Civil Veterinary Dept. Bombay admin report 1932-41 - 1932-1941
Year: 1932
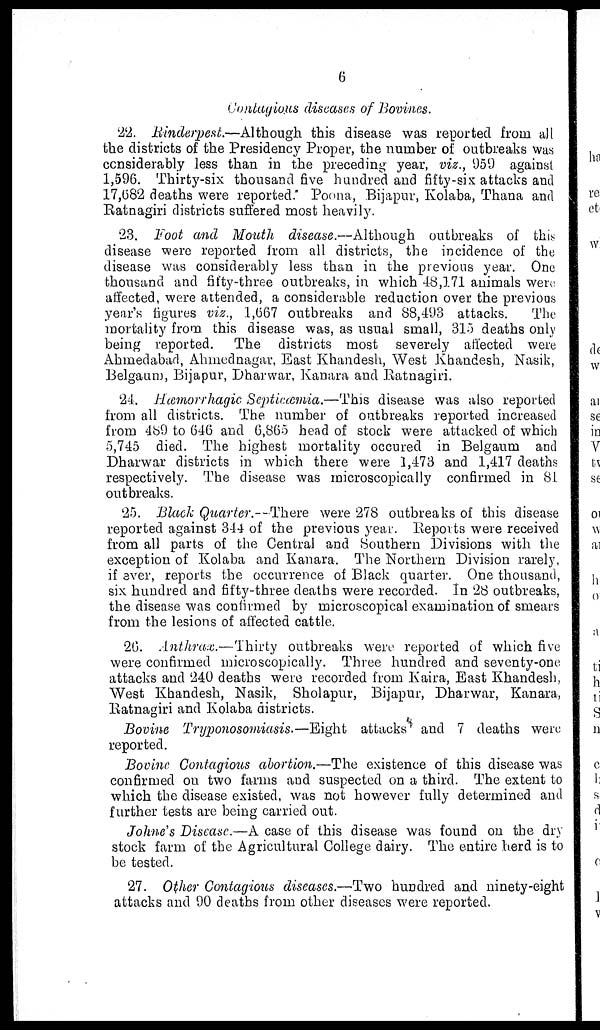
6
Contagious diseases of Bovines.
22. Rinderpest.—Although this disease was reported from all
the districts of the Presidency Proper, the number of outbreaks was
considerably less than in the preceding year, viz., 959 against
1,596. Thirty-six thousand five hundred and fifty-six attacks and
17,682 deaths were reported. Poona, Bijapur, Kolaba, Thana and
Ratnagiri districts suffered most heavily.
23. Foot and Mouth disease.—Although outbreaks of this
disease were reported from all districts, the incidence of the
disease was considerably less than in the previous year. One
thousand and fifty-three outbreaks, in which 48,171 animals were
affected, were attended, a considerable reduction over the previous
year's figures viz., 1,667 outbreaks and 88,493 attacks.
The
mortality from this disease was, as usual small, 315 deaths only
being reported. The districts most severely affected were
Ahmedabad, Ahmednagar, East Khandesh, West Khandesh, Nasik,
Belgaum, Bijapur, Dharwar, Kanara and Ratnagiri.
24. Hæmorrhagic Septicæmia.—This disease was also reported
from all districts. The number of outbreaks reported increased
from 489 to 646 and 6,865 head of stock were attacked of which
5,745 died. The highest mortality occured in Belgaum and
Dharwar districts in which there were 1,473 and 1,417 deaths
respectively. The disease was microscopically confirmed in 81
outbreaks.
25. Black Quarter.—There were 278 outbreaks of this disease
reported against 344 of the previous year. Reports were received
from all parts of the Central and Southern Divisions with the
exception of Kolaba and Kanara. The Northern Division rarely,
if ever, reports the occurrence of Black quarter. One thousand,
six hundred and fifty-three deaths were recorded. In 28 outbreaks,
the disease was confirmed by microscopical examination of smears
from the lesions of affected cattle.
26. Anthrax.—Thirty
outbreaks were reported of which five
were confirmed microscopically. Three hundred and seventy-one
attacks and 240 deaths were recorded from Kaira, East Khandesh,
West Khandesh, Nasik, Sholapur, Bijapur, Dharwar, Kanara,
Ratnagiri and Kolaba districts.
Bovine Trypanosomiasis.—Eight attacks and 7 deaths were
reported.
Bovine Contagious abortion.—The existence of this disease was
confirmed on two farms and suspected on a third. The extent to
which the disease existed, was not however fully determined and
further tests are being carried out.
Johne's Disease.—A case of this disease was found on the dry
stock farm of the Agricultural College dairy. The entire herd is to
be tested.
27. Other Contagious diseases.—Two hundred and ninety-eight
attacks and 90 deaths from other diseases were reported.